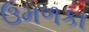
ઉમળકા